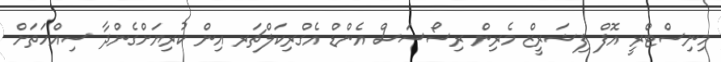
މިނިސްޓްރީ އޮފް ފިޝަރީޒް މެރިން ރިސޯސަސް އެންޑް އެގްރިކަލްޗަރ އިން ކުރިޔަށްގެންދާ ސިއްހަތަށް